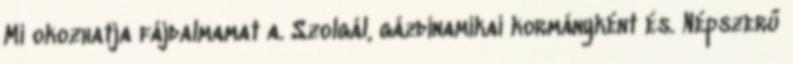
Mi okozhatja fájdalmamat a. Szolgál, gázdinamikai kormányként és. Népszerű